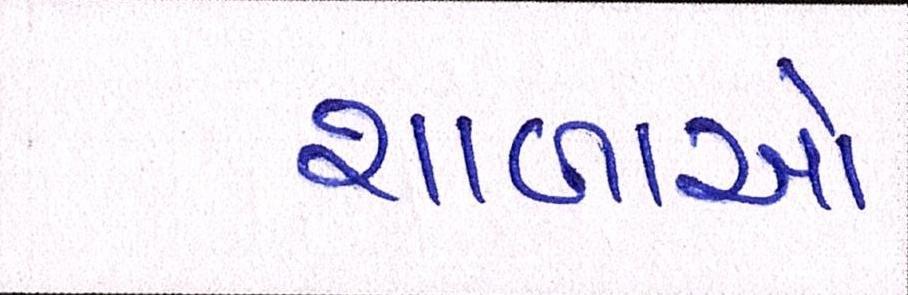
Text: શાળાઓ